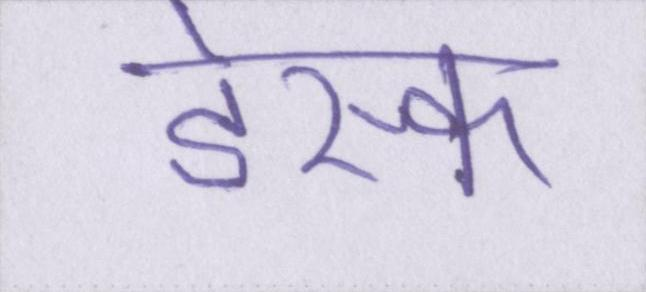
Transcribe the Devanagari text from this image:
डेस्क